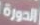
الدورة